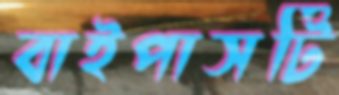
বাইপাসটি